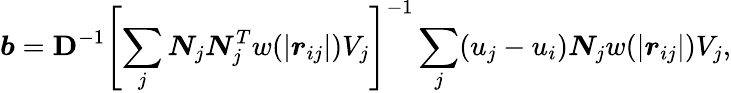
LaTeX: \boldsymbol{b}=\mathbf{D}^{-1}\left[\sum_{j}\boldsymbol{N}_{j}\boldsymbol{N}_{j}^{T}w(\left|\boldsymbol{r}_{ij}\right|)V_{j}\right]^{-1}\sum_{j}(u_{j}-u_{i})\boldsymbol{N}_{j}w(\left|\boldsymbol{r}_{ij}\right|)V_{j},